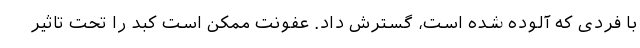
با فردی که آلوده شده است، گسترش داد. عفونت ممکن است کبد را تحت تاثیر